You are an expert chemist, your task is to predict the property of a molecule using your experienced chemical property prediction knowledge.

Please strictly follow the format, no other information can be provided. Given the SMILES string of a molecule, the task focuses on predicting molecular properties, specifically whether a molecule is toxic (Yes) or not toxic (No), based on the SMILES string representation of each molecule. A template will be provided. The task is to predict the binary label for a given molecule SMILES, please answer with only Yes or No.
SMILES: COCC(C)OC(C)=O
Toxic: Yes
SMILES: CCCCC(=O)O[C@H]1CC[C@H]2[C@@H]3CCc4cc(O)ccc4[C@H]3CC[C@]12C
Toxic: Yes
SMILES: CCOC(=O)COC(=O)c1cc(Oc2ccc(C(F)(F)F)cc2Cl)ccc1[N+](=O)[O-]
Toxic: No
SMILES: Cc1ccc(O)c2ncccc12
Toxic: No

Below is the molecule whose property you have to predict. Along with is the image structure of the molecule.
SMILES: Cc1c[nH]c(=S)[nH]c1=O
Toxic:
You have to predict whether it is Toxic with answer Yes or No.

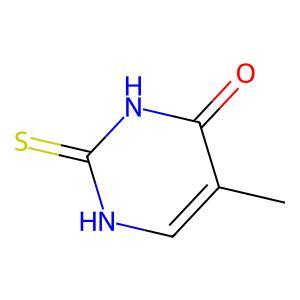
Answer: No